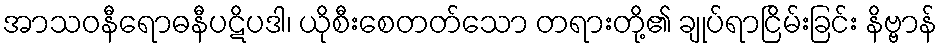
အာသဝနီရောဓနီပဋိပဒါ၊ ယိုစီးစေတတ်သော တရားတို့၏ ချုပ်ရာငြိမ်းခြင်း နိဗ္ဗာန်